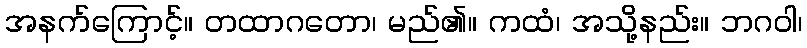
အနက်ကြောင့်။ တထာဂတော၊ မည်၏။ ကထံ၊ အသို့နည်း။ ဘဂဝါ၊